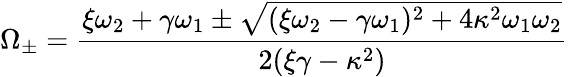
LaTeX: \Omega_{\pm}=\frac{\xi\omega_{2}+\gamma\omega_{1}\pm\sqrt{(\xi\omega_{2}-\gamma\omega_{1})^{2}+4\kappa^{2}\omega_{1}\omega_{2}}}{2(\xi\gamma-\kappa^{2})}